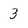
Character: 3